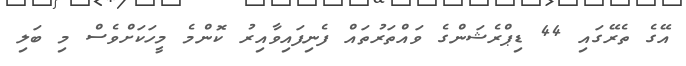
އޭގެ ތެރޭގައި 44 ޑިޕްރެޝަންގެ ވައްތަރުތައް ފެނިފައިވާއިރު ކޮންމެ މީހަކަށްވެސް މި ބަލި